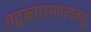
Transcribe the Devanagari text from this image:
तद्वक्तारमवत्ववतु